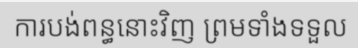
ការបង់ពន្ធនោះវិញ ព្រមទាំងទទួល